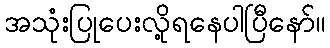
အသုံးပြုပေးလို့ရနေပါပြီနော်။